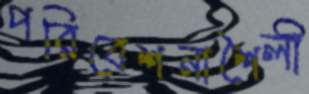
পরিবেশনাশৈলী